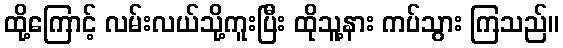
ထို့ကြောင့် လမ်းလယ်သို့ကူးပြီး ထိုသူ့နား ကပ်သွား ကြသည်။